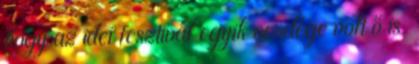
hogy az idei fesztivál egyik vendége volt ő is.